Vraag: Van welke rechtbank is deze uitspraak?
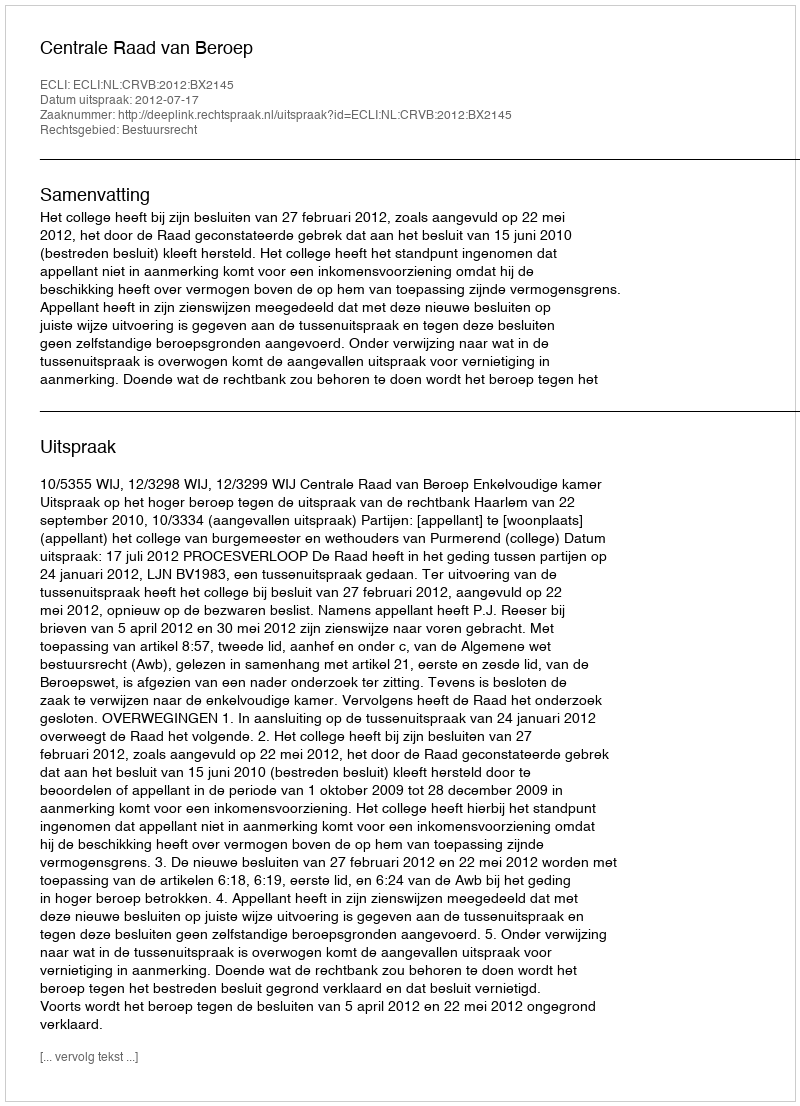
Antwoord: Centrale Raad van Beroep